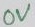
Text: 0V